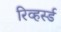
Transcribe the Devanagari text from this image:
रिव्हर्स्ड